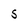
Character: S